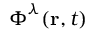
\boldsymbol { \Phi } ^ { \lambda } ( \mathbf { r } , t )